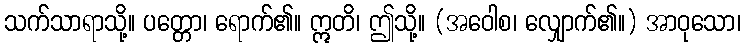
သက်သာရာသို့။ ပတ္တော၊ ရောက်၏။ ဣတိ၊ ဤသို့။ (အဝေါစ၊ လျှောက်၏။) အာဝုသော၊